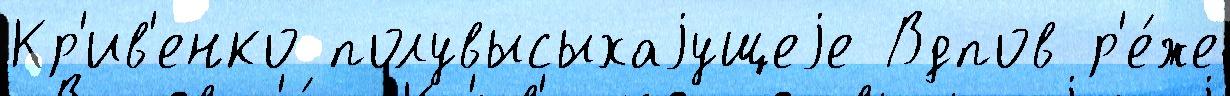
Кр'ив'енко полувысыхаjущеjе Вдпов р'е́же